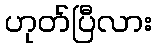
ဟုတ်ပြီလား